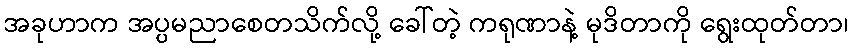
အခုဟာက အပ္ပမညာစေတသိက်လို့ ခေါ်တဲ့ ကရုဏာနဲ့ မုဒိတာကို ရွေးထုတ်တာ၊